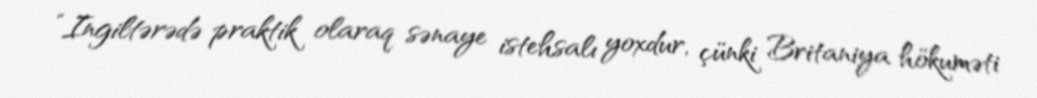
“Ingiltərədə praktik olaraq sənaye istehsalı yoxdur, çünki Britaniya hökuməti